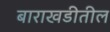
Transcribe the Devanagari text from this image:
बाराखडीतील